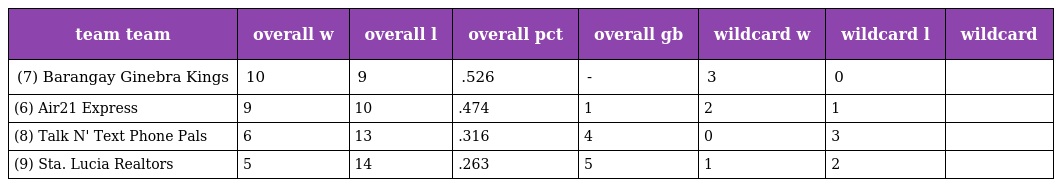
| team team | overall w | overall l | overall pct | overall gb | wildcard w | wildcard l | wildcard |
 | --- | --- | --- | --- | --- | --- | --- | --- |
 | (7) Barangay Ginebra Kings | 10 | 9 | .526 | - | 3 | 0 |  |
 | (6) Air21 Express | 9 | 10 | .474 | 1 | 2 | 1 |  |
 | (8) Talk N' Text Phone Pals | 6 | 13 | .316 | 4 | 0 | 3 |  |
 | (9) Sta. Lucia Realtors | 5 | 14 | .263 | 5 | 1 | 2 |  |